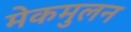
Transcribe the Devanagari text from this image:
मेकमुलन